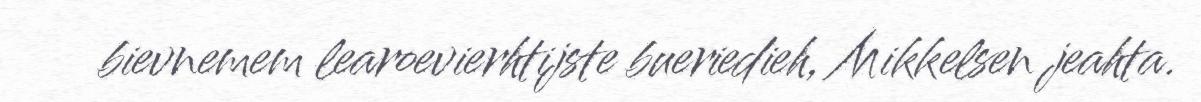
bievnemem learoevierhtijste bueriedieh, Mikkelsen jeahta.